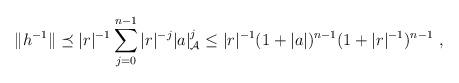
LaTeX: \begin{align*} \|h^{-1} \| \preceq |r|^{-1} \sum_{j=0}^{n-1} |r|^{-j} |a|_{\mathcal{A}}^{j} \le |r|^{-1} (1+|a|)^{n-1} (1+|r|^{-1})^{n-1}~,\end{align*}